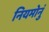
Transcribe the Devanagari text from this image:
नियमोनुं